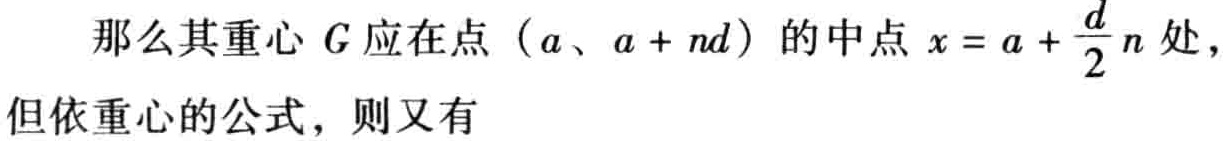
那么其重心 \(G\) 应在点 \((a、a + nd)\) 的中点 \(x = a + \frac{d}{2}n\) 处，但依重心的公式，则又有